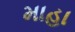
માહા